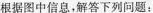
据图中信息，解答下列问题：